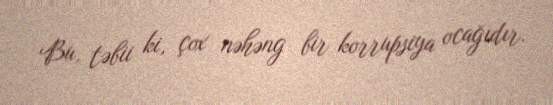
Bu, təbii ki, çox nəhəng bir korrupsiya ocağıdır.